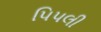
પિપલી